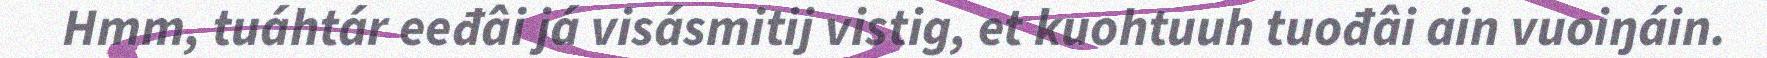
Hmm, tuáhtár eeđâi já visásmitij vistig, et kuohtuuh tuođâi ain vuoiŋáin.